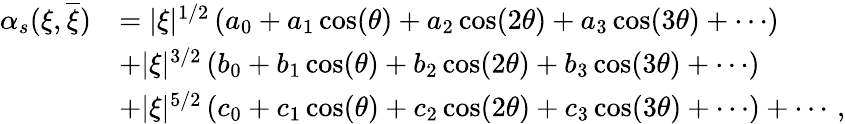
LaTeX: \begin{array}{rl}{\alpha_{s}(\xi,\overline{{\xi}})}&{=|\xi|^{1/2}\, (a_{0}+a_{1}\cos(\theta)+a_{2}\cos(2\theta)+a_{3}\cos(3\theta)+\cdots)}\\ &{+|\xi|^{3/2}\, (b_{0}+b_{1}\cos(\theta)+b_{2}\cos(2\theta)+b_{3}\cos(3\theta)+\cdots)}\\ &{+|\xi|^{5/2}\, (c_{0}+c_{1}\cos(\theta)+c_{2}\cos(2\theta)+c_{3}\cos(3\theta)+\cdots)+\cdots\, ,}\end{array}